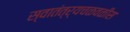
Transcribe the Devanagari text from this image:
स्वातंत्र्यचळवळीस